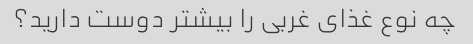
چه نوع غذای غربی را بیشتر دوست دارید؟